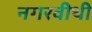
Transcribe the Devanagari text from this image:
नगरवीथी